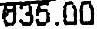
635.00